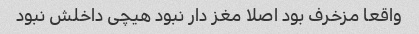
واقعا مزخرف بود اصلا مغز دار نبود هیچی داخلش نبود